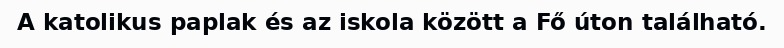
A katolikus paplak és az iskola között a Fő úton található.